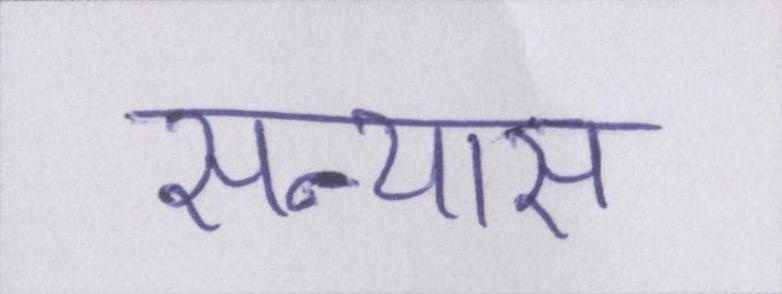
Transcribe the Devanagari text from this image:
सन्यास